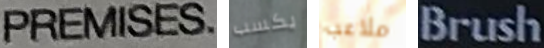
PREMISES يكسب ملاعب Brush